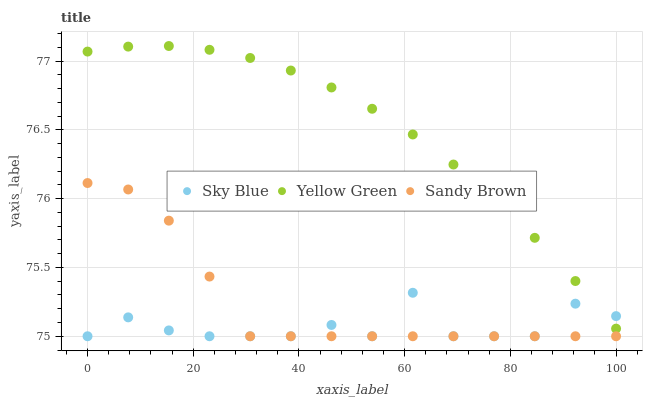
| xaxis_label | Sky Blue | Yellow Green | Sandy Brown |
 | --- | --- | --- | --- |
 | 0 | 75 | 77.1 | 76.1 |
 | 7.69 | 75.1 | 77.1 | 76.1 |
 | 15.4 | 75 | 77.1 | 75.8 |
 | 23.1 | 75 | 77.1 | 75.4 |
 | 30.8 | 75 | 77 | 75 |
 | 38.5 | 75 | 76.9 | 75 |
 | 46.2 | 75.1 | 76.8 | 75 |
 | 53.8 | 75 | 76.7 | 75 |
 | 61.5 | 75.3 | 76.5 | 75 |
 | 69.2 | 75 | 76.2 | 75 |
 | 76.9 | 75 | 76 | 75 |
 | 84.6 | 75 | 75.7 | 75 |
 | 92.3 | 75.2 | 75.4 | 75 |
 | 100 | 75.1 | 75.1 | 75 |